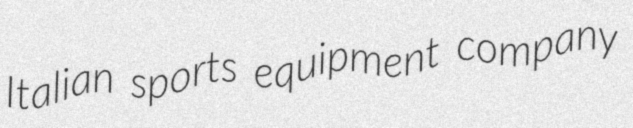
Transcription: Italian sports equipment company